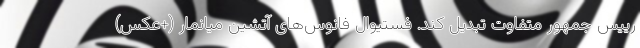
رییس جمهور متفاوت تبدیل کند. فستیوال فانوس‌های آتشین میانمار (+عکس)